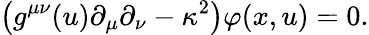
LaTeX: \left(g^{\mu\nu}(u)\partial_{\mu}\partial_{\nu}-\kappa^{2}\right)\varphi(x,u)=0.